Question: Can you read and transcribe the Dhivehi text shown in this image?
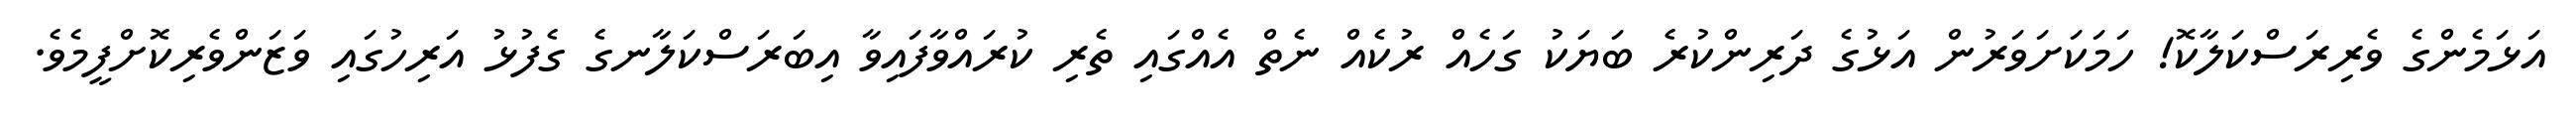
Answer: އަޅަމެންގެ ވެރިރަސްކަލާކޮ! ހަމަކަށަވަރުން އަޅުގެ ދަރިންކުރެ ބަޔަކު ގަހެއް ރުކެއް ނެތް އެއްގައި ތެރި ކުރައްވާފައިވާ އިބަރަސްކަލާނގެ ގެފުޅު އަރިހުގައި ވަޒަންވެރިކޮށްފީމެވެ.